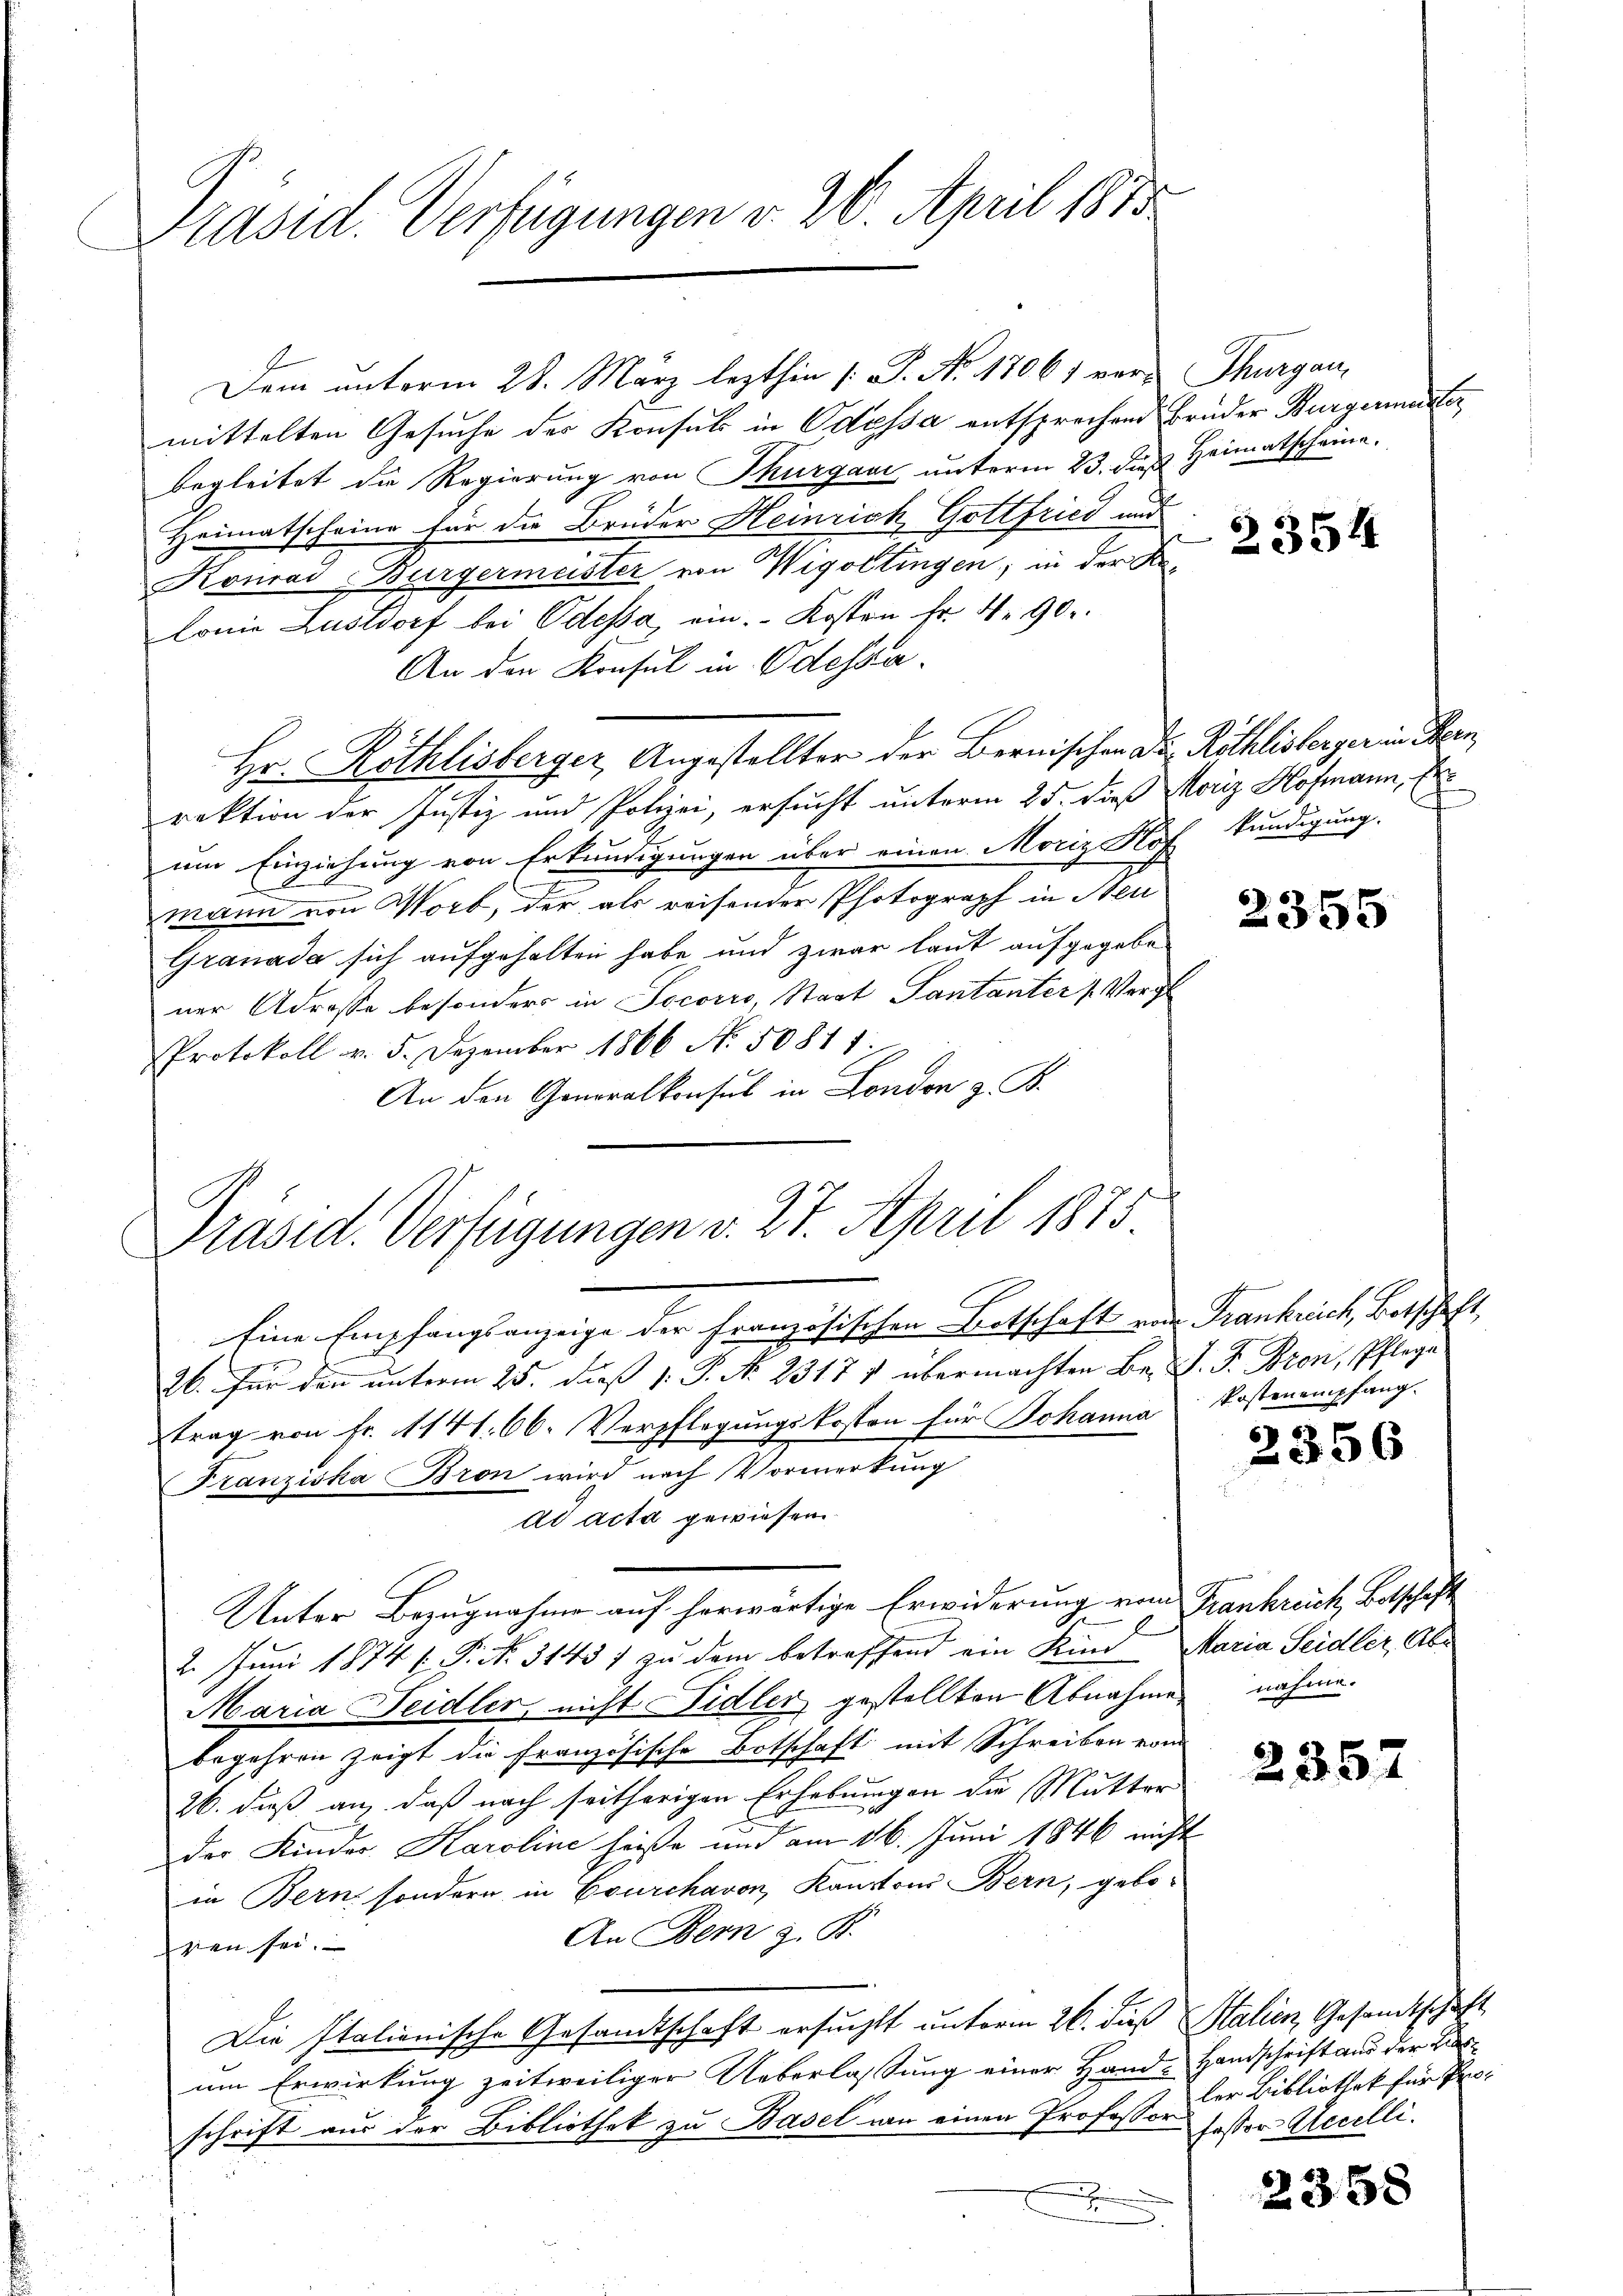
Präsid. Verfügungen v. 26. April 1815

Dem unterm 28. März lezthin /: P. Nr. 17061 vor Thurgau,
mittelten Gesuche des Konsul in Odessa entsprechend Brüder Bürgermanter
begleitet die Regierung von Thurgau unterm 23. dieß Heimatscheine.
Heimatscheine für die Brüder Heinrich Gottfried und
Konrad Bürgermeister von Wigottingen; in der Ka-
lonie Lustdorf bei Odessa ein. Kosten fr. Nr. 90.
An den Konsul in Odessa¬
Hr. Röthlisberger, Angestellter der Bernischen Das Röthlisberger in Bern,
rektion der Justiz und Polizei, ersucht unterm 25. dieß Moriz Hofmann, Er
um Einziehung von Erkundigungen über einen Moriz Hof kündigung.
mann von Worb, der als reisender Photograph in Neu
Granada sich aufgehalten habe und zwar laut aufgegebe
ner Adrosse besonders in Socorro, Staat Pantanter (Vergl
Protokoll v. 5. Dezember 1866 No. 50871
An den Generalkonsul in London z. B.

Präsid. Verfügungen v. 27. April 1875

Eine Empfangsanzeige der Französischen Botschaft und Frankreich Botschaft,
26. Für den unterm 25. dieß 1: P. N. 23171 übermachten Be- J. J. Bron, Pflege
trag von Fr. 1141. 66. Verpflegungskosten für Johanna Kostenempfang
Franziska Bron wird nach Vormerkung
ad acta gewiesen.
Unter Bezugnahme auf herwärtige Erwiderung vom Frankreich, Botschaft
2. Juni 1874 f. P. Nr. 31457 zu dem betreffend ein Kind Maria Seidler, Ab¬
Maria Seidler, nicht idler, gestellten Abnahmen nähme.
begehren zeigt die französische Botschaft mit Schreiben von
26. dieß an, daß nach seitherigen Erhebungen die Mutter
der Kinder Karoline heiße und am 16. Juni 1846 nicht
in Bern, sondern in Courchavon, Kantons Bern, gebo-
An Bern z. B.
ren sei.
Die Italienische Gesandtschaft ersucht unterm 26. dieß Salien, Gesandtschaft
um Erwirkung zeitweiliger Ueberlassung einer Hand-Handschrift aus der Liesschrift aus der Bibliothek zu Basel von einen Professor Pastor Accelli.
.

2354

2355

2356

2357

ler Bibliothek für Pro¬

2358